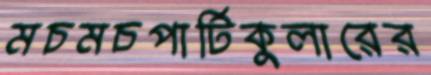
মচমচপার্টিকুলারের